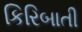
કિરિબાતી